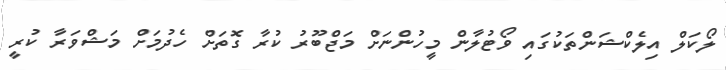
ލޯކަލް އިލެކްޝަންތަކުގައި ވޯޓުލާން މީހުންނަށް މަޖްބޫރު ކުރާ ގޮތަށް ހެދުމަށް މަޝްވަރާ ކުރީ